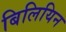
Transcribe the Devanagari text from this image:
बिलियिन